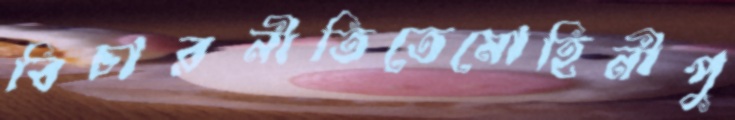
বিচারনীতিতেমোহিনীপু